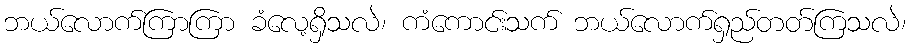
ဘယ်လောက်ကြာကြာ ခံလေ့ရှိသလဲ၊ ကံကောင်းသက် ဘယ်လောက်ရှည်တတ်ကြသလဲ၊